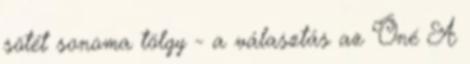
sötét sonoma tölgy - a választás az Öné A